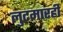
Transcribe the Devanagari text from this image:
लुटमारही